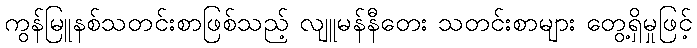
ကွန်မြူနစ်သတင်းစာဖြစ်သည့် လျူမန်နီတေး သတင်းစာများ တွေ့ရှိမှုဖြင့်